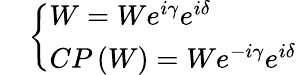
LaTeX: \quad\left\{ \begin{array}{l}{{W=We^{i\gamma}e^{i\delta}}}\\ {{CP\left(W\right)=We^{-i\gamma}e^{i\delta}}}\end{array}\right.\mathrm{~}